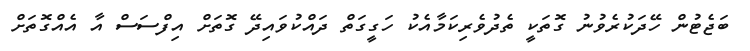
ބަޖެޓުން ހޭދަކުރެވުނު ގޮތަކީ ތެދުވެރިކަމާއެކު ހަގީގަތް ދައްކުވައިދޭ ގޮތަށް އިފްސަސް އާ އެއްގޮތަށް